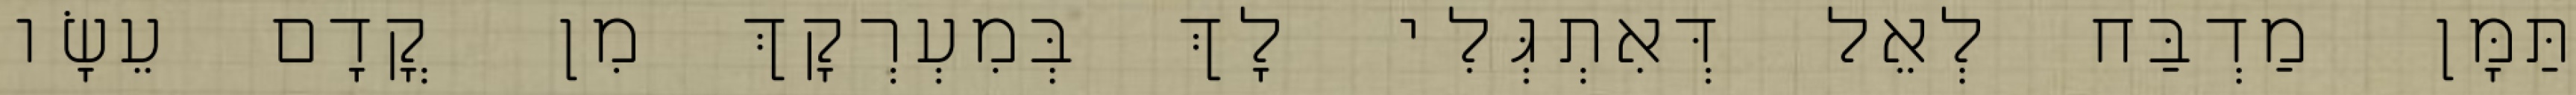
תַּמָּן מַדְבַּח לְאֵל דְּאִתְגְּלִי לָךְ בְּמִעְרְקָךְ מִן קֳדָם עֵשָׂו